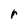
Character: r